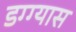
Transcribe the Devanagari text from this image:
डग्ग्यास